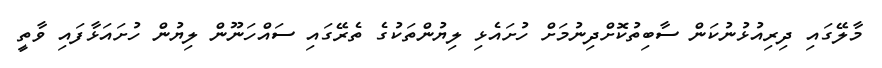
މާލޭގައި ދިރިއުޅުނުކަން ސާބިތުކޮށްދިނުމަށް ހުށައެޅި ލިޔުންތަކުގެ ތެރޭގައި ސައްހަނޫން ލިޔުން ހުށައަޅާފައި ވާތީ